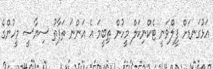
އަޅުގަނޑަށް ފީލްވަނީ ޓެކްނިކަލް މީހުން ތިބީމަ އެ އަންނަ ތަފާތު ސިޔާސީ މީހުންގެ